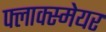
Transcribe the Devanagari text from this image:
फ्लाक्स्मेयर